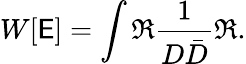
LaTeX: W[\mathsf{E}]=\int\Re\frac{{1}}{{D\bar{{D}}}}\Re.